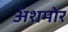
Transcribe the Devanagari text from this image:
अॅशमोर